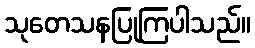
သုတေသနပြုကြပါသည်။